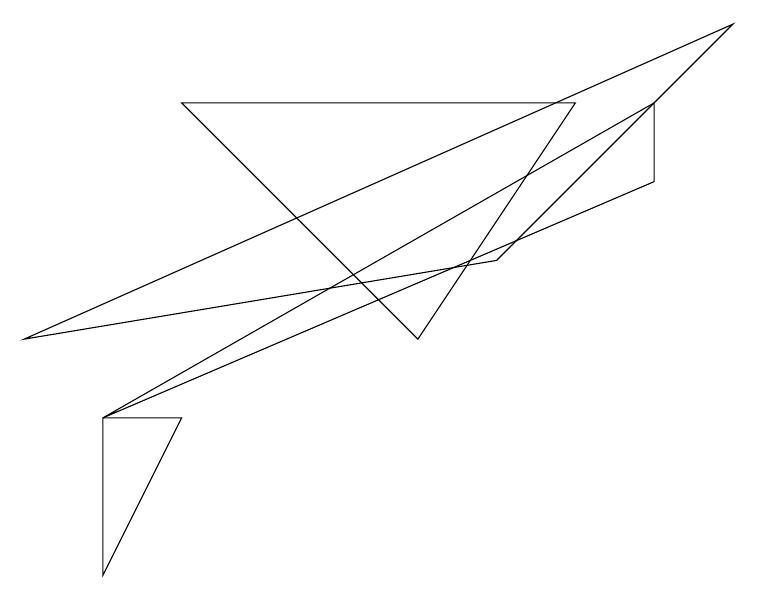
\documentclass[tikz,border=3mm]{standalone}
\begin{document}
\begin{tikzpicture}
\draw (2,4) -- (1,4) -- (1,2) -- cycle;
\draw (0,5) -- (9,9) -- (6,6) -- cycle;
\draw (8,8) -- (8,7) -- (1,4) -- cycle;
\draw (2,8) -- (5,5) -- (7,8) -- cycle;
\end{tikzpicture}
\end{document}